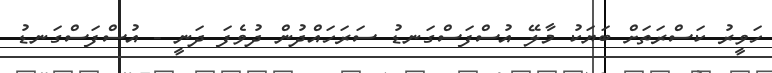
ހަވީރު ކަސްރަތަށް ބަޔަކު މާލޭ އުސްފަސްގަނޑު ސަރަހައްދުން ދުވެފަ ދަނީ - އުސްފަސްގަނޑު